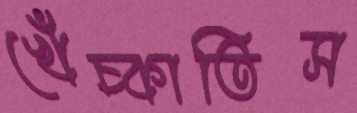
খেঁচ্‌কাতিস